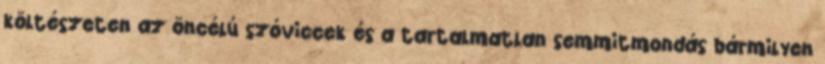
költészeten az öncélú szóviccek és a tartalmatlan semmitmondás bármilyen